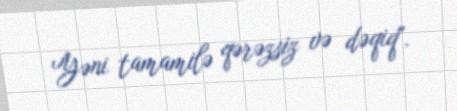
Yəni tamamilə qərəzsiz və dəqiq".